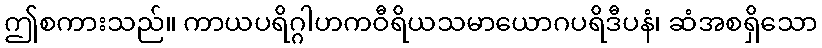
ဤစကားသည်။ ကာယပရိဂ္ဂါဟကဝီရိယသမာယောဂပရိဒီပနံ၊ ဆံအစရှိသော